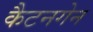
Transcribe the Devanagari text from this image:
कैटनगेन